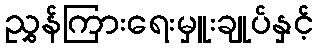
ညွှန်ကြားရေးမှူးချုပ်နှင့်